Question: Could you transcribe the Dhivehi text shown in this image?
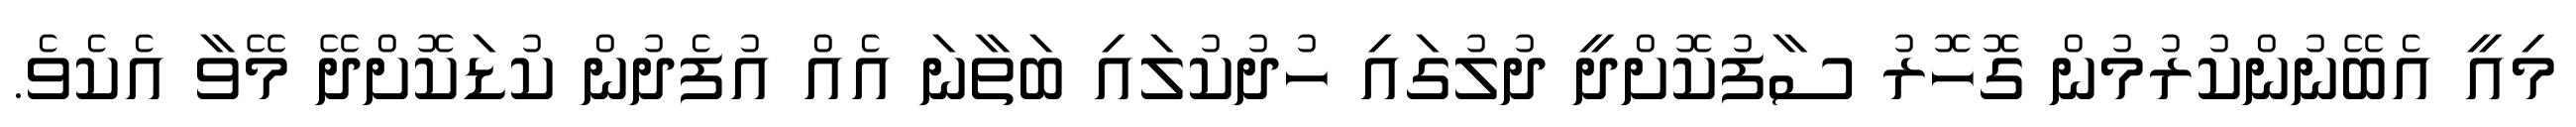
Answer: މިއީ އެބޭނުންކުރުމުން ގޮހޮރު ސާފުކޮށްދީ ދުލުގައި ހުދުކުލައި ބަތާނަ އެއް އުފެދުން ކުޑަކޮށްދޭ މޭވާ އެކެވެ.